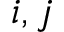
i , j